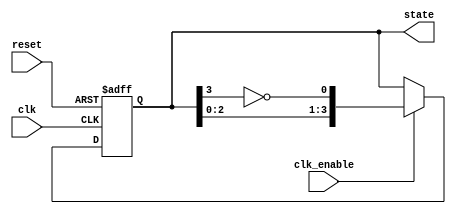
module johnson_counter (
    input wire clk,          // Clock input
    input wire reset,        // Asynchronous reset
    input wire clk_enable,   // Clock enable
    output reg [3:0] state   // 4-bit output state
);

    // Initialize the state
    initial begin
        state = 4'b0000; // Initial state
    end

    // State transition logic
    always @(posedge clk or posedge reset) begin
        if (reset) begin
            state <= 4'b0000; // Reset state
        end else if (clk_enable) begin
            state <= {state[2:0], ~state[3]}; // Shift left and feedback inverted MSB
        end
    end

endmodule